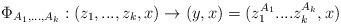
\begin{align*} \Phi_{A_1,...,A_k}: (z_1,...,z_k,x) \rightarrow (y,x)=(z_1^{A_1}....z_k^{A_k},x)\end{align*}